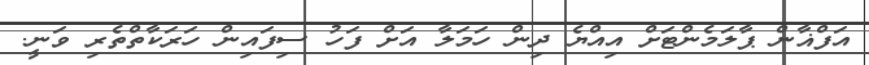
އަފްޣާން ޕާލަމެންޓަށް އިއްޔެ ދިން ހަމަލާ އަށް ފަހު ސިފައިން ހަރަކާތްތެރި ވަނީ.